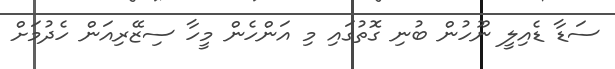
ސަޑާ ޑެއިލީ ނޫހުން ބުނި ގޮތުގައި މި އަންހެން މީހާ ސިޒޭރިއަން ހެދުމަށް